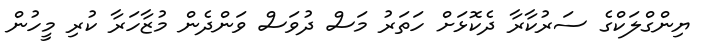
ޔިންގްލަކްގެ ސަރުކާރާ ދެކޮޅަށް ހަތަރު މަސް ދުވަސް ވަންދެން މުޒާހަރާ ކުރި މީހުން